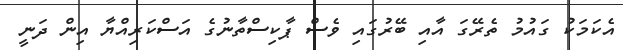
އެކަމަކު ގައުމު ތެރޭގަ އާއި ބޭރުގައި ވެސް ޕާކިސްތާނުގެ އަސްކަރިއްޔާ އިން ދަނީ